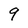
Character: 9